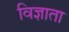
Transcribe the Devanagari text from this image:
विज्ञाता